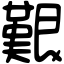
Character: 艱